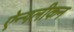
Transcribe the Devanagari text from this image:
ऐन्गलीकन